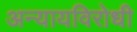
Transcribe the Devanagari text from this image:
अन्यायविरोधी